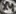
Text: X4